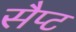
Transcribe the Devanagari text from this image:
सैप्ट